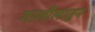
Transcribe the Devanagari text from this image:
गालीलातून